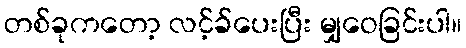
တစ်ခုကတော့ လင့်ခ်ပေးပြီး မျှဝေခြင်းပါ။